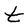
Character: t